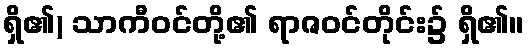
ရှိ၏) သာကီဝင်တို့၏ ရာဇဝင်တိုင်း၌ ရှိ၏။